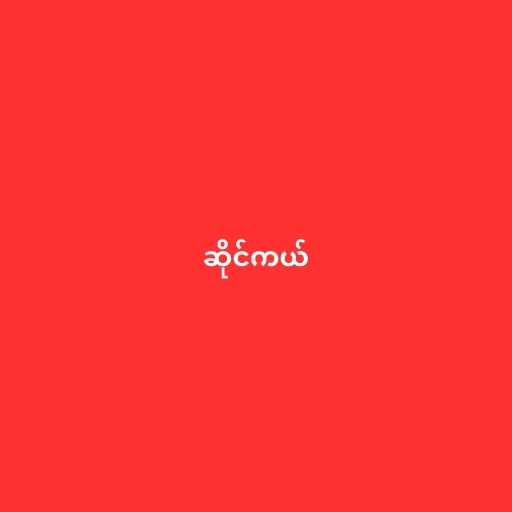
ဆိုင်ကယ်